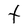
Character: t